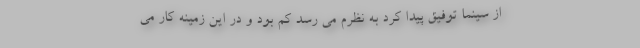
از سینما توفیق پیدا کرد به نظرم می رسد کم بود و در این زمینه کار می